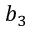
b _ { 3 }